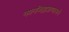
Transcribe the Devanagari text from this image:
नयनजिह्वाघ्राणात्मने